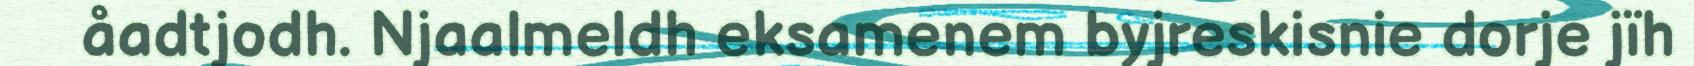
åadtjodh. Njaalmeldh eksamenem byjreskisnie dorje jïh